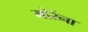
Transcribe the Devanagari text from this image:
मोरेंना